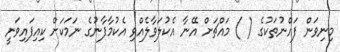
މިނިވަން ފައްނުތަކުގެ ( ) މައްޗަށް އޭނާ އެކުލަވާލެއްވި އެކުމާފާނުގެ ނަމަކަށް ކިއިފައިވަނީ